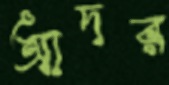
আদর